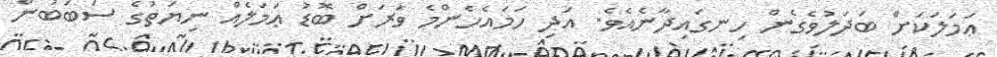
ޢަމަލަކަށް ބަދަލުވެގެން ހިނގައިދާނެއެވެ. އަދި ހަމައެހެންމެ ވަރަށް ބޮޑު ޢަމަލެއް ނިޔަތުގެ ސަބަބުން